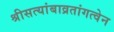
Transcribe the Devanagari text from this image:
श्रीसत्यांबाव्रतांगत्वेन